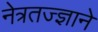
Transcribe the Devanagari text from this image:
नेत्रतज्ज्ञाने